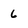
Character: 6